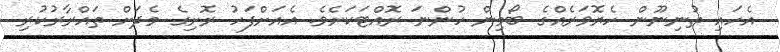
އެހައި ތުނިނޫން ހެޔޮވަރެއްގެ ބޯމިން ހުންނަ ރޮއްޓަކަށެވެ. އެއަށްފަހު ރޮށިގެ މެދަށް ތައްރާރުކުރި